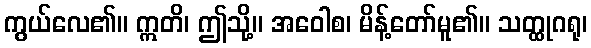
ကွယ်လေ၏။ ဣတိ၊ ဤသို့။ အဝေါစ၊ မိန့်တော်မူ၏။ သတ္ထုဂရု၊